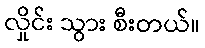
လှိုင်း သွား စီးတယ်။